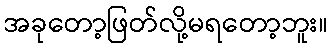
အခုတော့ဖြတ်လို့မရတော့ဘူး။